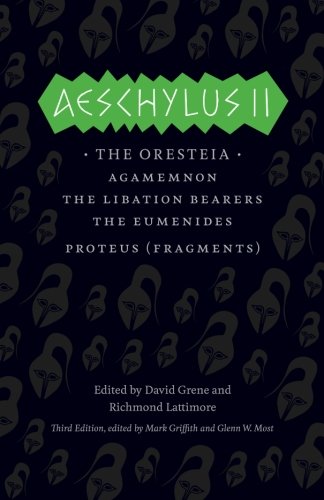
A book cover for Aeschylus II: The Oresteia (The Complete Greek Tragedies); Aeschylus; Literature & Fiction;